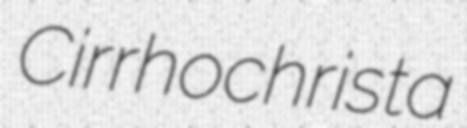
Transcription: Cirrhochrista